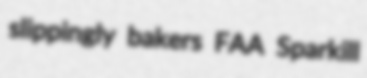
slippingly bakers FAA Sparkill